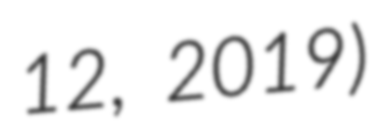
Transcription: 12, 2019)